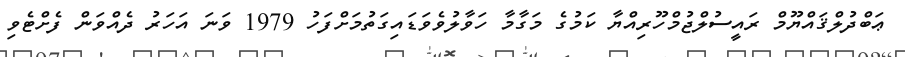
ޢަބްދުލްޤައްޔޫމް ރައީސުލްޖުމްހޫރިއްޔާ ކަމުގެ މަގާމާ ހަވާލުވެވަޑައިގަތުމަށްފަހު 1979 ވަނަ އަހަރު ދެއްވަން ފެށްޓެވި